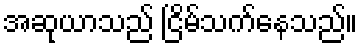
အဆုယာသည် ငြိမ်သက်နေသည်။